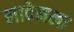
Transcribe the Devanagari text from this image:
लादेनला